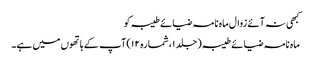
کبھی نہ آئے زوال ماہ نامہ ضیائے طیبہ کو
ماہ نامہ ضیائے طیبہ (جلد ۱، شمارہ ۱۲) آپ کے ہاتھوں میں ہے۔